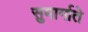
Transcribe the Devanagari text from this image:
सुमार्गाते